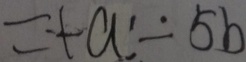
= + a ^ { \prime } - 5 b